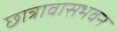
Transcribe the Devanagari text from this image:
छात्रावासभवन